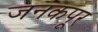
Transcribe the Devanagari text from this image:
जनकपूर